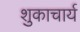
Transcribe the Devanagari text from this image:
शुकाचार्य